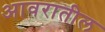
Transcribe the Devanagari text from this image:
आवरातील